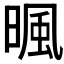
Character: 𣈼